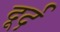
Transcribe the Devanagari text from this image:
दूर्द